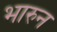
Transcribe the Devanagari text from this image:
भारुन